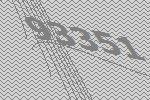
93351